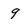
Character: 9